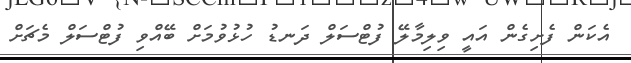
އެކަން ފެށިގެން އައީ ވިލިމާލޭ ފުޓްސަލް ދަނޑު ހުޅުވުމަށް ބޭއްވި ފުޓްސަލް މެޗަށް